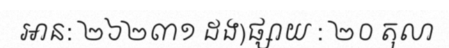
អាន: ២៦២៣១ ដង)ផ្សាយ : ២០ តុលា